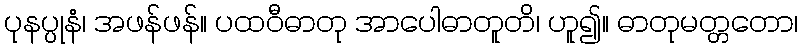
ပုနပ္ပုနံ၊ အဖန်ဖန်။ ပထဝီဓာတု အာပေါဓာတူတိ၊ ဟူ၍။ ဓာတုမတ္တတော၊